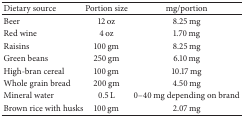
<table><thead><tr><td><b>Dietary source</b></td><td><b>Portion size</b></td><td><b>mg/portion</b></td></tr></thead><tbody><tr><td>Beer</td><td>12 oz</td><td>8.25 mg</td></tr><tr><td>Red wine</td><td>4 oz</td><td>1.70 mg</td></tr><tr><td>Raisins</td><td>100 gm</td><td>8.25 mg</td></tr><tr><td>Green beans</td><td>250 gm</td><td>6.10 mg</td></tr><tr><td>High-bran cereal</td><td>100 gm</td><td>10.17 mg</td></tr><tr><td>Whole grain bread</td><td>200 gm</td><td>4.50 mg</td></tr><tr><td>Mineral water</td><td>0.5 L</td><td>0–40 mg depending on brand</td></tr><tr><td>Brown rice with husks</td><td>100 gm</td><td>2.07 mg</td></tr></tbody></table>